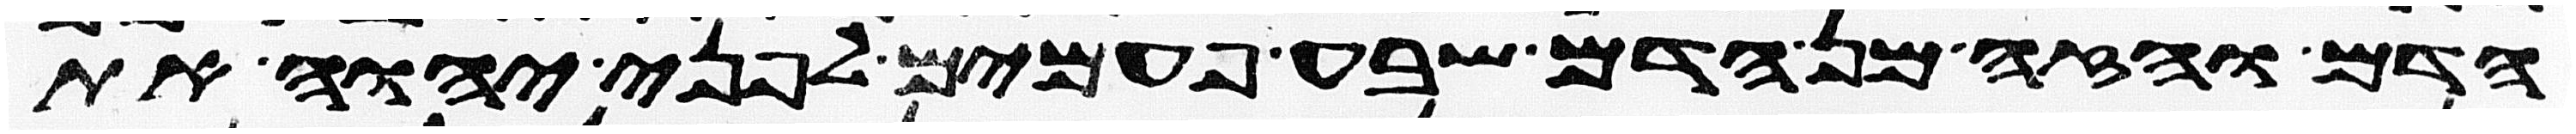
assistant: הדם והזה מן הדם שבע פעמים לפני יהוה את